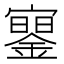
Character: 䥌